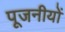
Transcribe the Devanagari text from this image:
पूजनीयों